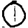
Digit: 0